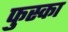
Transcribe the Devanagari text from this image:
फुस्का